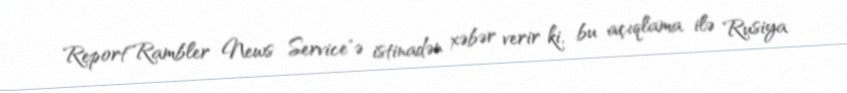
Report"Rambler News Service"ə istinadən xəbər verir ki, bu açıqlama ilə Rusiya